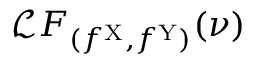
\mathcal { L } F _ { ( f ^ { \mathrm { X } } , f ^ { \mathrm { Y } } ) } ( \nu )